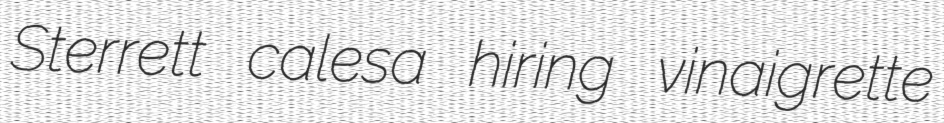
Sterrett calesa hiring vinaigrette